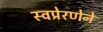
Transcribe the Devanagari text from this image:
स्वप्रेरणेने